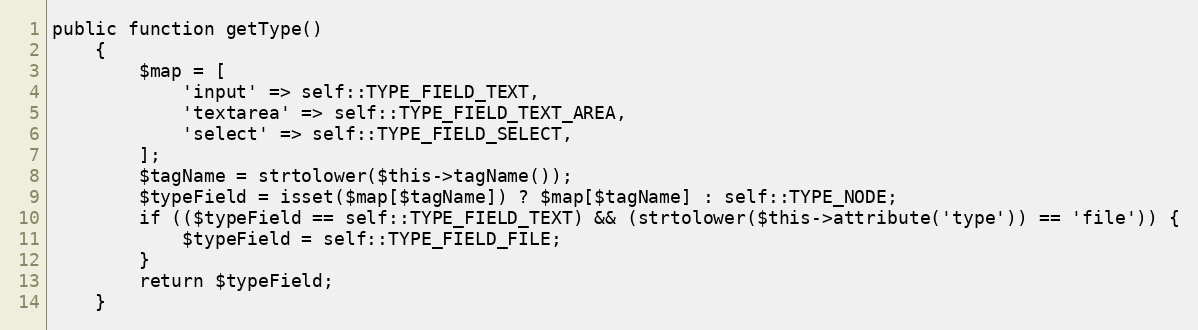
Language: PHP
public function getType()
    {
        $map = [
            'input' => self::TYPE_FIELD_TEXT,
            'textarea' => self::TYPE_FIELD_TEXT_AREA,
            'select' => self::TYPE_FIELD_SELECT,
        ];
        $tagName = strtolower($this->tagName());
        $typeField = isset($map[$tagName]) ? $map[$tagName] : self::TYPE_NODE;
        if (($typeField == self::TYPE_FIELD_TEXT) && (strtolower($this->attribute('type')) == 'file')) {
            $typeField = self::TYPE_FIELD_FILE;
        }
        return $typeField;
    }